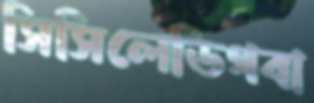
সিসিলেডিগবা